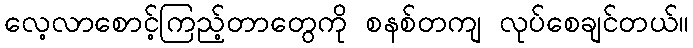
လေ့လာစောင့်ကြည့်တာတွေကို စနစ်တကျ လုပ်စေချင်တယ်။